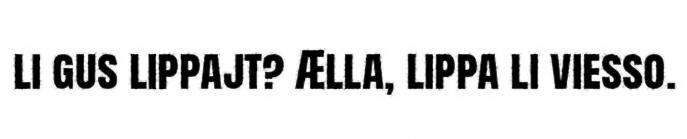
li gus lippajt? Ælla, lippa li viesso.